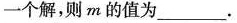
一个解，则m的值为___。